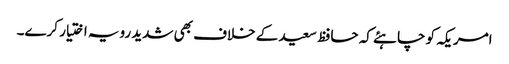
امریکہ کو چاہئے کہ حافظ سعید کے خلاف بھی شدید رویہ اختیار کرے۔